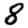
Digit: 8